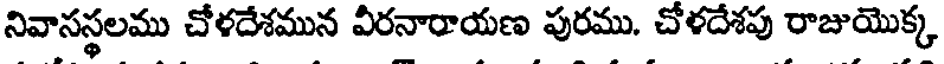
నివాసస్థలము చోళదేశమున వీరనారాయణ పురము. చోళదేశపు రాజుయొక్క